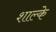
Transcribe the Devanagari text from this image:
शाल्के